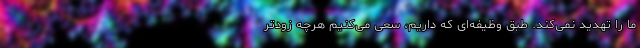
ما را تهدید نمی‌کند. طبق وظیفه‌ای که داریم، سعی می‌کنیم هرچه زودتر